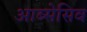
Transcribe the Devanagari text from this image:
आब्सेसिव